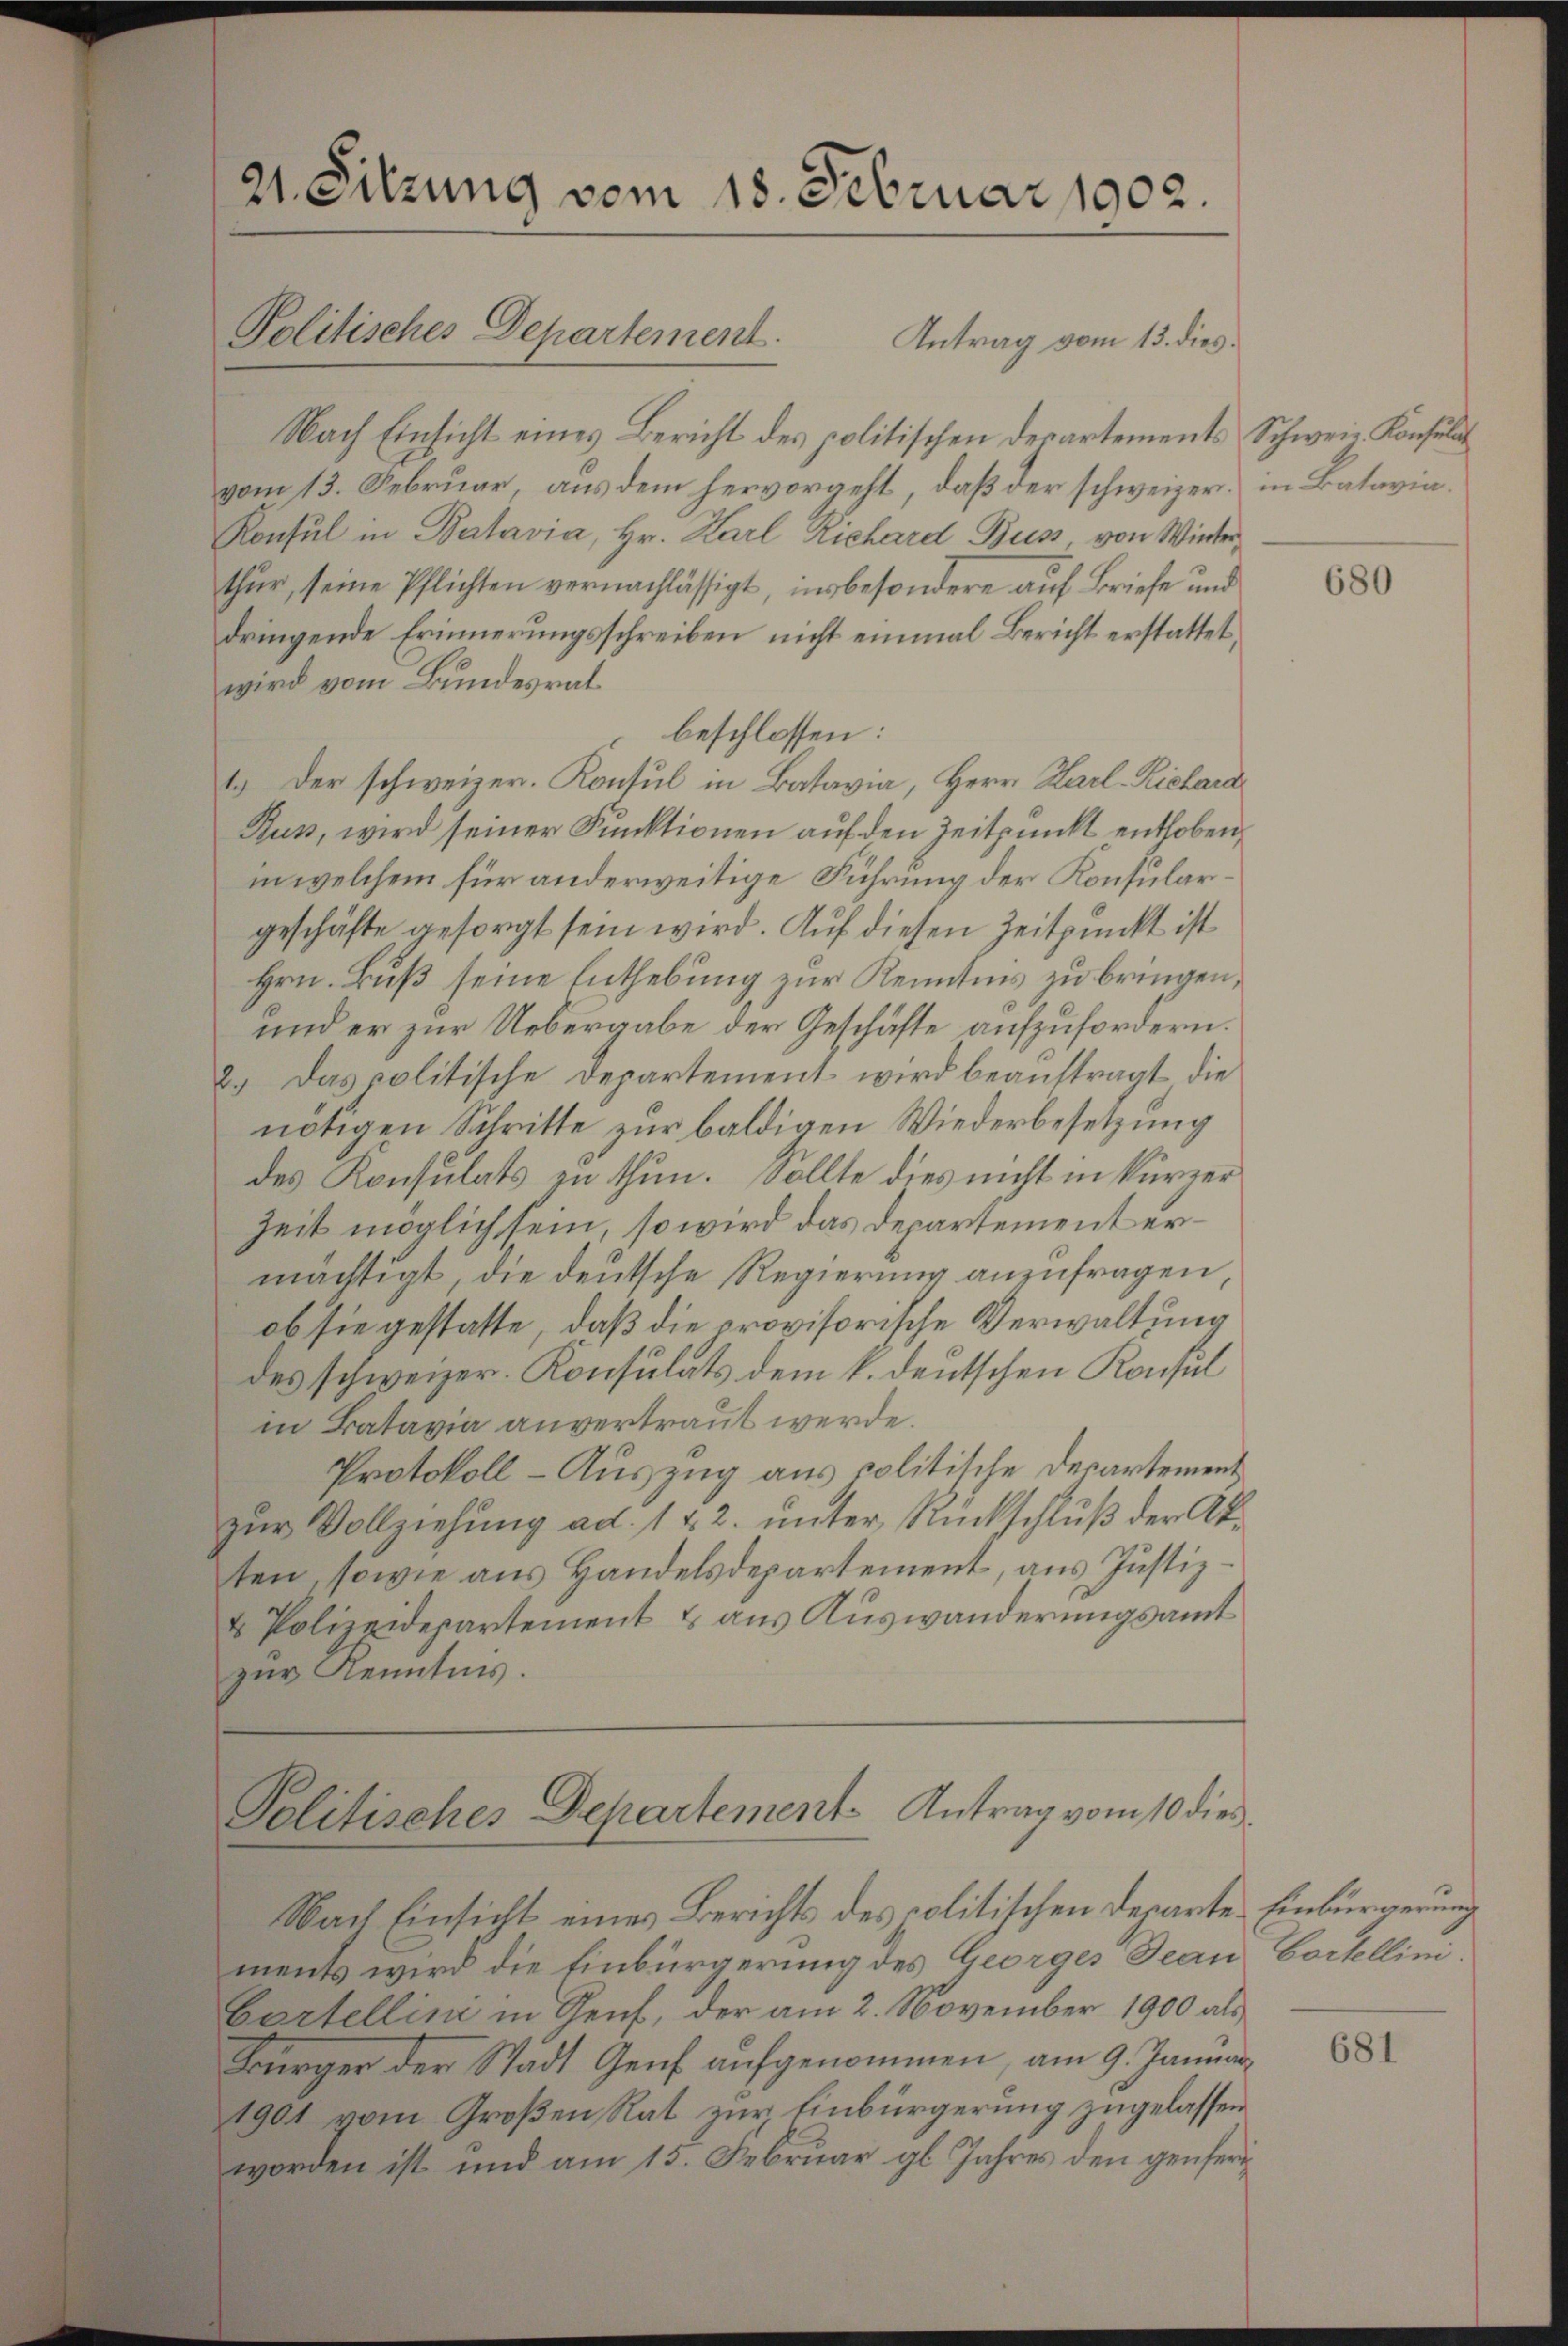
21. Sitzung vom 18. Februar 1902.
Politisches Departement.
Antrag vom 13. dies

Nach Einsicht eines Bericht des politischen Departements Schweiz. Konsulat
vom 13. Februar, aus dem hervorgeht, daß der schweizer in Batavia¬
Konsul in Batavia, Hr. Karl Richard Buss, von Winterthur, seine Pflichten vernachlässigt, insbesondere auf Briefe und
dringende Erinnerungsschreiben nicht einmal Bericht erstattet,
wird vom Bundesrat
beschlossen:
1.) Der schweizer. Konsul in Batavia, Herr Karl-Richard
Rus, wird seiner Punktionen auf den Zeitpunkt enthoben,
in welchem für anderweitige Führung der Konsulargeschäfte gesorgt sein wird. Auf diesen Zeitpunkt ist
Hrn. Buß seine Enthebung zur Kenntnis zu bringen,
und er zur Uebergabe der Geschäfte aufzufordern.
2.) Das politische Departement wird beauftragt die
nötigen Schritte zur baldigen Wiederbesetzung
des Konsulats zu thun. Sollte dies nicht in kürzer
Zeit möglich sein, so wird das Departement ermächtigt, die deutsche Regierung anzufragen,
ob sie gestatte, daß die provisorische Verwaltung
des schweizer. Konsulats dem k. deutschen Konsul
in Batavia anvertraut werde.
Protokoll - Auszug aus politische Departement
zur Vollziehung ad. 1 & 2. unter Rückschluß der Akten, sowie aus Handelsdepartement, aus Justiz¬
u Polizeidepartement & aus Auswanderungsamt
zur Kenntnis.

Politisches Departement. Antrag vom 10 dies

Nach Einsicht eines Berichts des politischen Departe Einbürgerung
ments wird die Einbürgerung des Georges Jean Cortellini,
bartellini in Genf, der am 2. November 1900 als
Bürger der Stadt Genf aufgenommen, am 9. Januar,
1901 vom Großen Rat zur Einbürgerung zugelassen
worden ist und am 15. Februar gl. Jahres den genferi¬

680

681